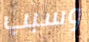
وسبب